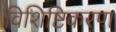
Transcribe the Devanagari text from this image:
विशिष्टिकरण